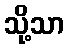
သို့သာ